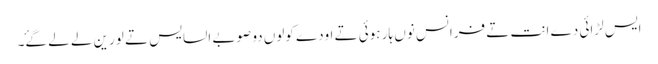
ایس لڑائی دے انت تے فرانس نوں ہار ہوئی تے اودے کولوں دو صوبے السایس تے لورین لے لے گۓ۔